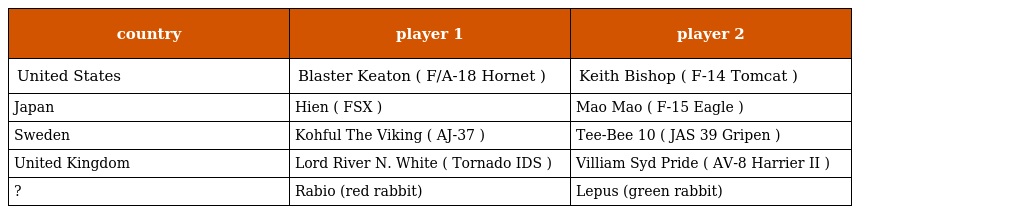
| country | player 1 | player 2 |
 | --- | --- | --- |
 | United States | Blaster Keaton ( F/A-18 Hornet ) | Keith Bishop ( F-14 Tomcat ) |
 | Japan | Hien ( FSX ) | Mao Mao ( F-15 Eagle ) |
 | Sweden | Kohful The Viking ( AJ-37 ) | Tee-Bee 10 ( JAS 39 Gripen ) |
 | United Kingdom | Lord River N. White ( Tornado IDS ) | Villiam Syd Pride ( AV-8 Harrier II ) |
 | ? | Rabio (red rabbit) | Lepus (green rabbit) |